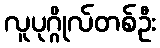
လူပုဂ္ဂိုလ်တစ်ဦး